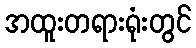
အထူးတရားရုံးတွင်